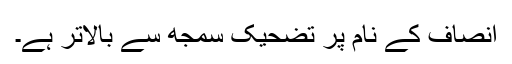
انصاف کے نام پر تضحیک سمجھ سے بالاتر ہے۔